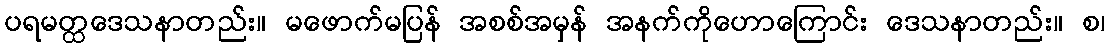
ပရမတ္ထဒေသနာတည်း။ မဖောက်မပြန် အစစ်အမှန် အနက်ကိုဟောကြောင်း ဒေသနာတည်း။ စ၊